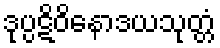
ဒုပ္ပဋိဝိနောဒယသုတ္တံ